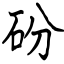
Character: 砏